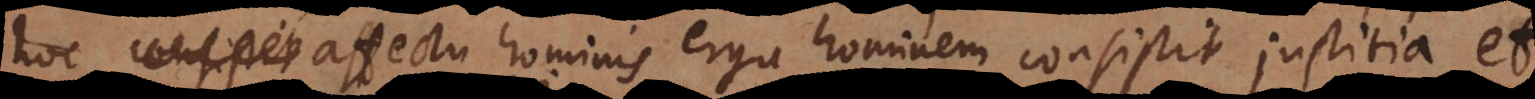
hoc affectu hominis erga hominem consistit justitia et